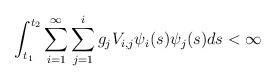
LaTeX: \begin{align*}\int_{t_1}^{t_2}\sum_{i=1}^{\infty} \sum_{j=1}^{i} g_j V_{i,j}\psi_i(s)\psi_j(s)ds <\infty\end{align*}